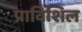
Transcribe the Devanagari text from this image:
प्राविंशिल